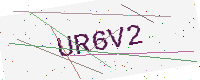
Text: UR6V2